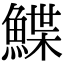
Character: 鰈